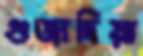
গুজাদিয়া